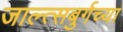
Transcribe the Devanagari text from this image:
जाल्त्सबुर्गच्या